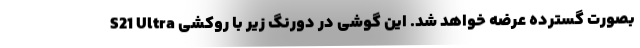
S21 Ultra بصورت گسترده عرضه خواهد شد. این گوشی در دورنگ زیر با روکشی